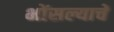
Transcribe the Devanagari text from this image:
भोंसल्याचें